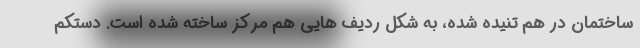
ساختمان در هم تنیده شده، به شکل ردیف هایی هم مرکز ساخته شده است. دستکم